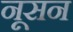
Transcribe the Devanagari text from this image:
नूसन